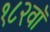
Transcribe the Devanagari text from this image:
१८२वॉ